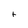
Character: t